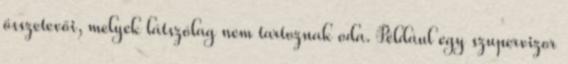
összetevői, melyek látszólag nem tartoznak oda. Például egy szupervizor